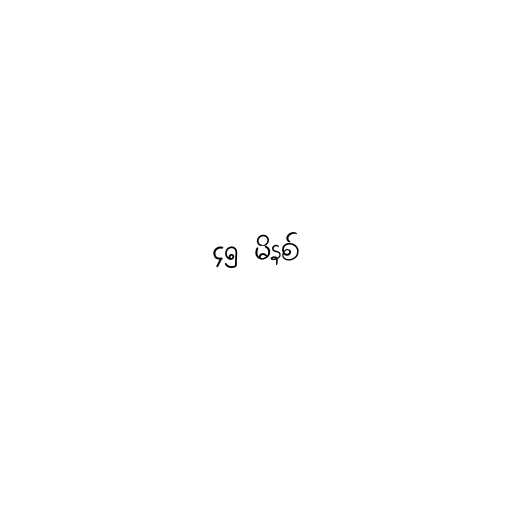
၄၅ မိနစ်